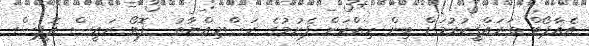
އެއާޕޯޓް ތަރައްޤީކުރުމަށް ބިން ހިއްކަން ފެށުމުގެ ރަސްމިއްޔާތު  ފޮޓޯ ރައީސް އޮފީސް